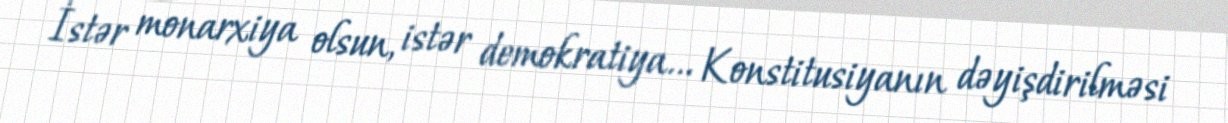
İstər monarxiya olsun, istər demokratiya... Konstitusiyanın dəyişdirilməsi